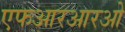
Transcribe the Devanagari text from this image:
एफआरआरओ